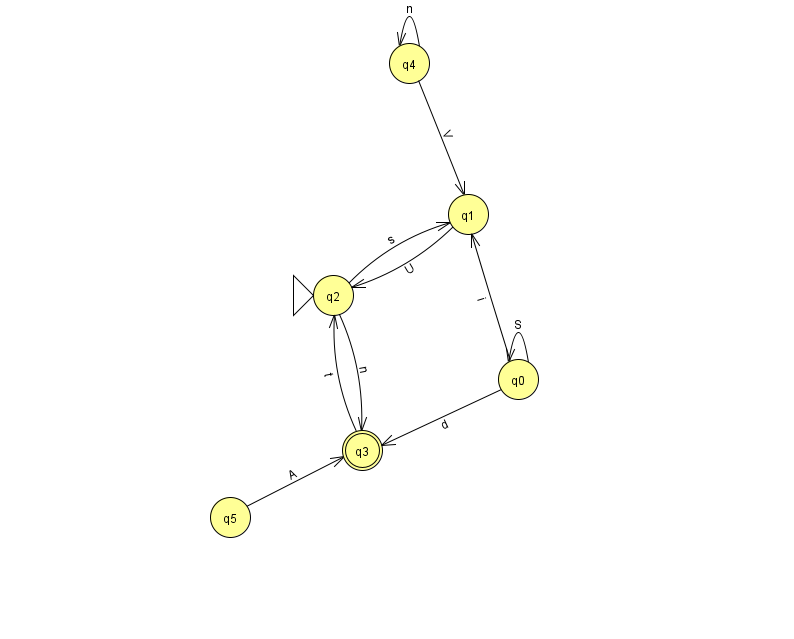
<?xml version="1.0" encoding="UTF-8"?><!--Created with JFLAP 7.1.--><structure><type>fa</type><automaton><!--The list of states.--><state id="0" name="q0"><x>518.0</x><y>366.0</y></state><state id="1" name="q1"><x>468.0</x><y>201.0</y></state><state id="2" name="q2"><x>333.0</x><y>282.0</y><initial/></state><state id="3" name="q3"><x>362.0</x><y>437.0</y><final/></state><state id="4" name="q4"><x>409.0</x><y>50.0</y></state><state id="5" name="q5"><x>230.0</x><y>504.0</y></state><!--The list of transitions.--><transition><from>0</from><to>1</to><read>i</read></transition><transition><from>3</from><to>2</to><read>t</read></transition><transition><from>1</from><to>2</to><read>U</read></transition><transition><from>0</from><to>0</to><read>S</read></transition><transition><from>2</from><to>1</to><read>s</read></transition><transition><from>2</from><to>3</to><read>n</read></transition><transition><from>4</from><to>1</to><read>V</read></transition><transition><from>0</from><to>3</to><read>d</read></transition><transition><from>5</from><to>3</to><read>A</read></transition><transition><from>4</from><to>4</to><read>n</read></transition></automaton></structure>